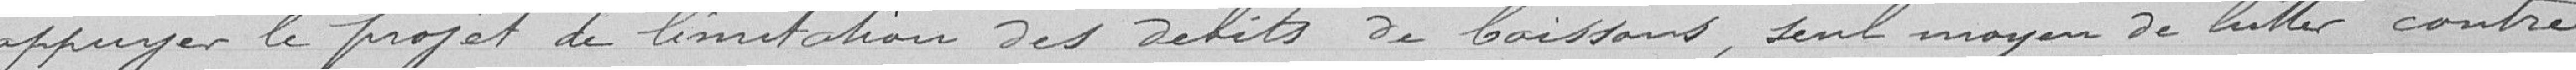
appuyer le projet de limitation des délits de boissons, seul moyen de lutter contre